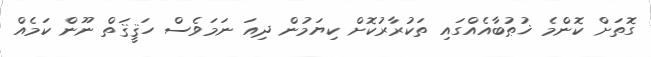
ގޮތަށް ކޮންމެ ޚުޠުބާއެއްގައި ތަކުރާރުކޮށް ކިޔަމުން ދިއަ ނަަމަވެސް ހަޤީޤަތް ނޫން ކަމެއް